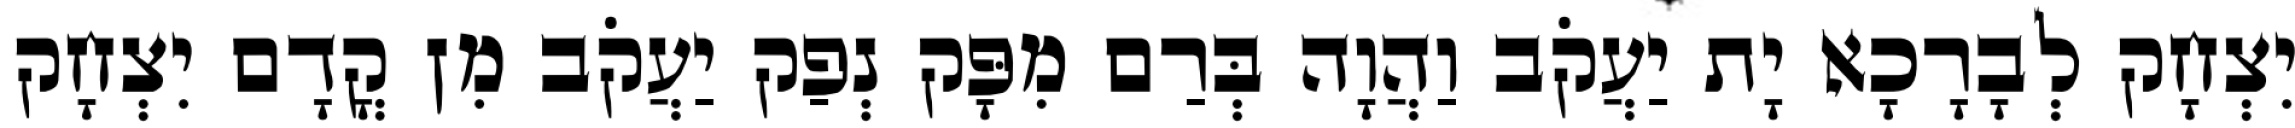
יִצְחָק לְבָרָכָא יָת יַעֲקֹב וַהֲוָה בְּרַם מִפָּק נְפַק יַעֲקֹב מִן קֳדָם יִצְחָק